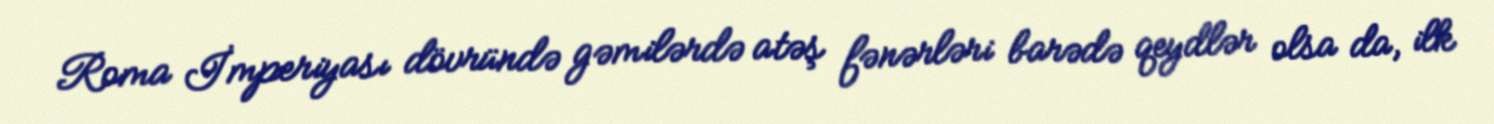
Roma İmperiyası dövründə gəmilərdə atəş fənərləri barədə qeydlər olsa da, ilk